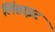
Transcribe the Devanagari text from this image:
लिंग्नाइट